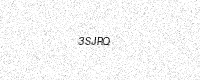
Text: 3SJRQ